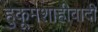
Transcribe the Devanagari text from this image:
हुकूमशाहीवादी